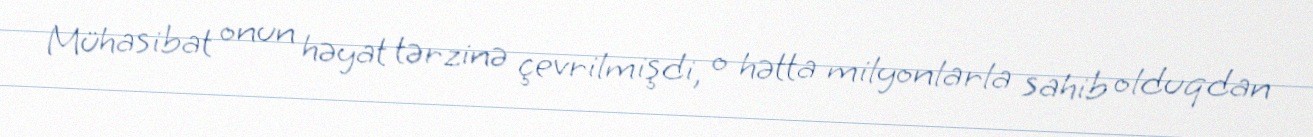
Mühasibat onun həyat tərzinə çevrilmişdi, o hətta milyonlarla sahib olduqdan